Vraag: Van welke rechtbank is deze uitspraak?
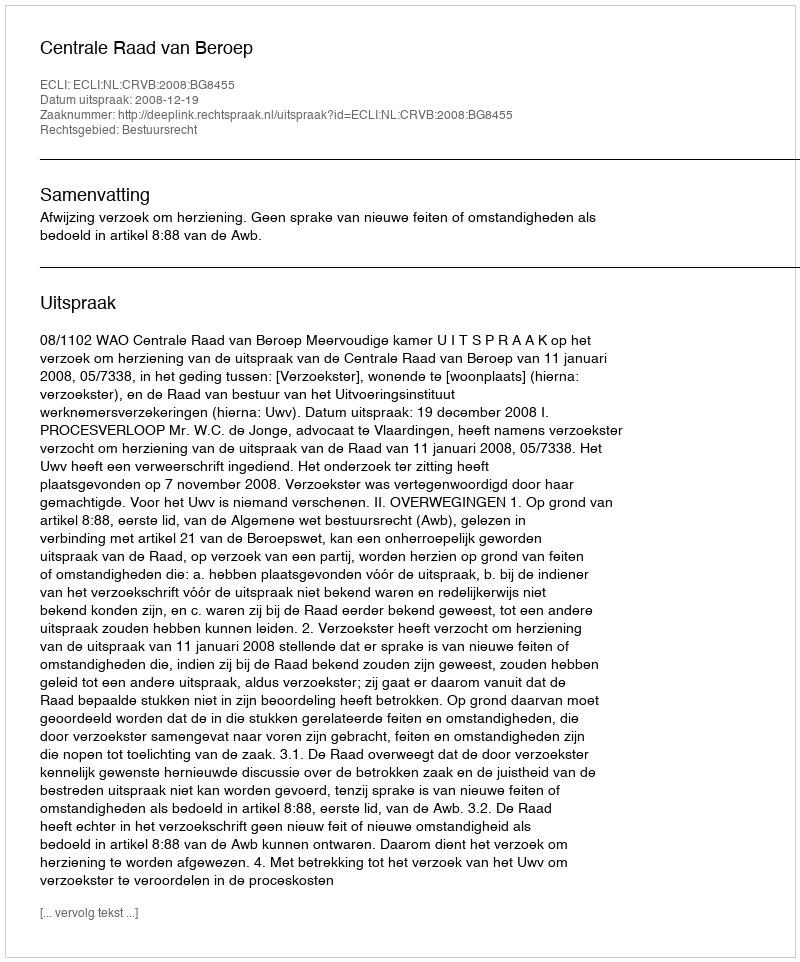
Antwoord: Centrale Raad van Beroep